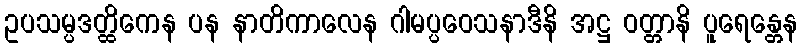
ဥပသမ္ပဒတ္ထိကေန ပန နာတိကာလေန ဂါမပ္ပဝေသနာဒီနိ အဋ္ဌ ဝတ္တာနိ ပူရေန္တေန